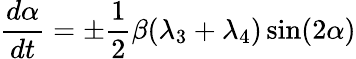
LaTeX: \frac{d\alpha}{dt}=\pm\frac{1}{2}\beta(\lambda_{3}+\lambda_{4})\sin(2\alpha)